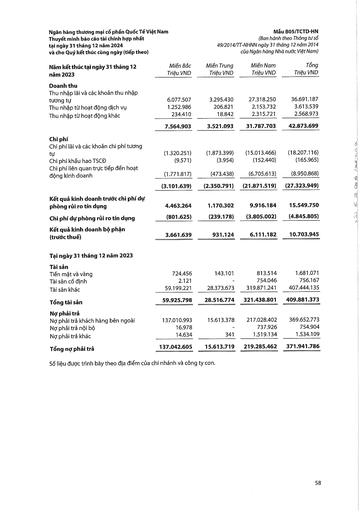
|Năm kết thúc tại ngày 31 tháng 12 năm 2023|Miền Bắc Triệu VND|Miền Trung Triệu VND|Miền Nam Triệu VND|Tổng Triệu VND| |---|---|---|---|---| |Doanh thu||||| |Thu nhập lãi và các khoản thu nhập tương tự|6.077.507|3.295.430|27.318.250|36.691.187| |Thu nhập từ hoạt động dịch vụ|1.252.986|206.821|2.153.732|3.613.539| |Thu nhập từ hoạt động khác|234.410|18.842|2.315.721|2.568.973| ||7.564.903|3.521.093|31.787.703|42.873.699| |Chi phí||||| |Chi phí lãi và các khoản chi phí tương tự|(1.320.251)|(1.873.399)|(15.013.466)|(18.207.116)| |Chi phí khấu hao TSCĐ|(9.571)|(3.954)|(152.440)|(165.965)| |Chi phí liên quan trực tiếp đến hoạt động kinh doanh|(1.771.817)|(473.438)|(6.705.613)|(8.950.868)| ||(3.101.639)|(2.350.791)|(21.871.519)|(27.323.949)| |Kết quả kinh doanh trước chi phí dự phòng rủi ro tín dụng|4.463.264|1.170.302|9.916.184|15.549.750| |Chi phí dự phòng rủi ro tín dụng|(801.625)|(239.178)|(3.805.002)|(4.845.805)| |Kết quả kinh doanh bộ phận (trước thuế)|3.661.639|931.124|6.111.182|10.703.945| |Tại ngày 31 tháng 12 năm 2023||||| |Tài sản||||| |Tiền mặt và vàng|724.456|143.101|813.514|1.681.071| |Tài sản cố định|2.121||754.046|756.167| |Tài sản khác|59.199.221|28.373.673|319.871.241|407.444.135| |Tổng tài sản|59.925.798|28.516.774|321.438.801|409.881.373| |Nợ phải trả||||| |Nợ phải trả khách hàng bên ngoài|137.010.993|15.613.378|217.028.402|369.652.773| |Nợ phải trả nội bộ|16.978|-|737.926|754.904| |Nợ phải trả khác|14.634|341|1.519.134|1.534.109| |Tổng nợ phải trả|137.042.605|15.613.719|219.285.462|371.941.786|